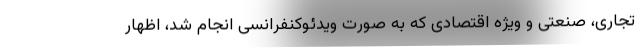
تجاری، صنعتی و ویژه اقتصادی که به صورت ویدئوکنفرانسی انجام شد، اظهار